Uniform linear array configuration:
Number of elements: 24
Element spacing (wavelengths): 1
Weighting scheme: hamming
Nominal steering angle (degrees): -30
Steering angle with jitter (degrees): -30.398
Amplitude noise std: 0.05
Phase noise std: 0.05

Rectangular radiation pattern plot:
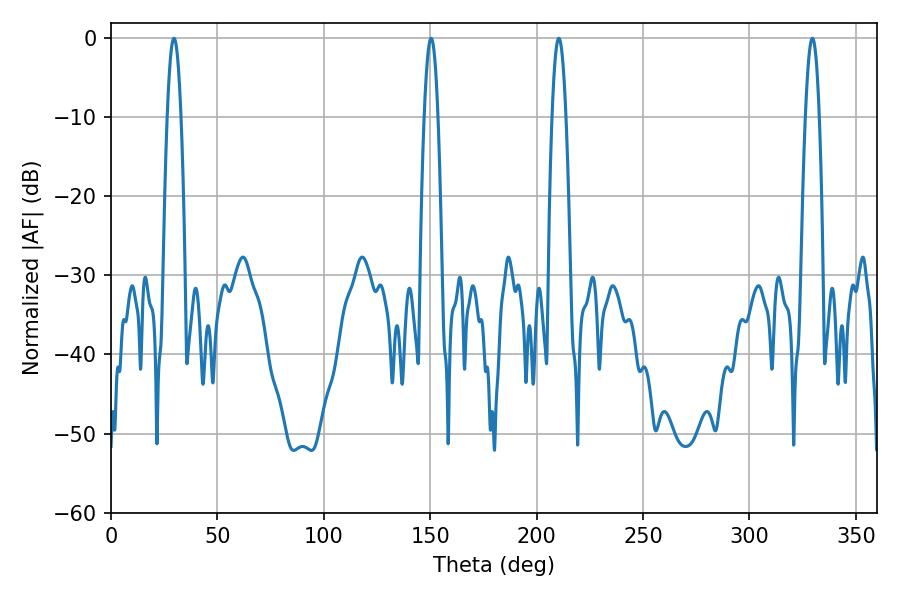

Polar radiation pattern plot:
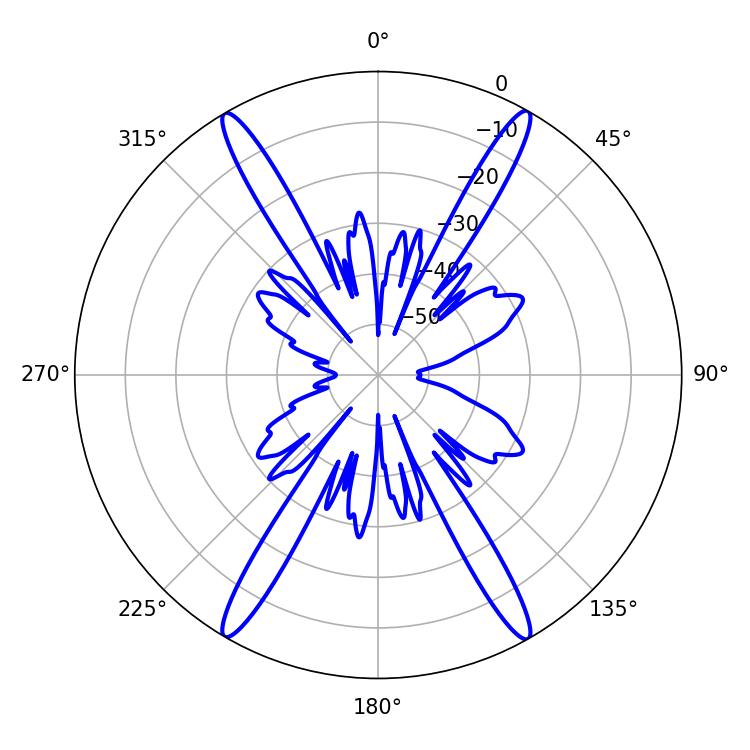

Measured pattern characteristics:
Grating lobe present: TRUE
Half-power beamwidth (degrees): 3.6
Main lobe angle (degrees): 210.42